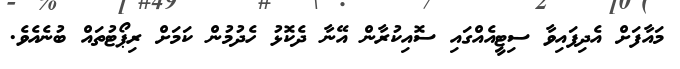
މައާފަށް އެދިފައިވާ ސިޓީއެއްގައި ސޮއިކުރާން އޭނާ ދެކޮޅު ހެދުމުން ކަމަށް ރިޕޯޓުތައް ބުނެއެވެ.